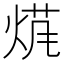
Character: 𱫖